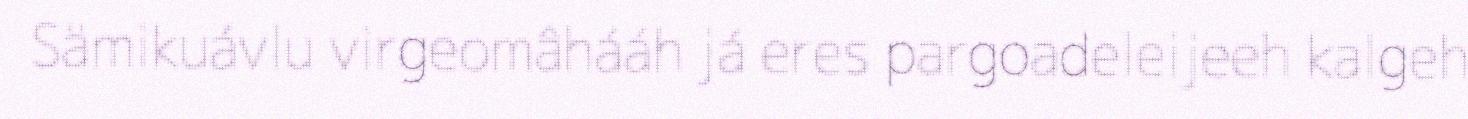
Sämikuávlu virgeomâhááh já eres pargoadeleijeeh kalgeh